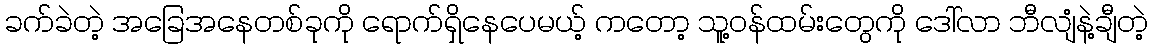
ခက်ခဲတဲ့ အခြေအနေတစ်ခုကို ရောက်ရှိနေပေမယ့် ကတော့ သူ့ဝန်ထမ်းတွေကို ဒေါ်လာ ဘီလျံနဲ့ချီတဲ့